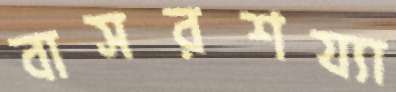
বাসরশয্যা